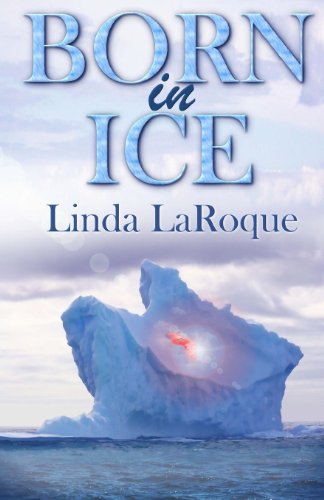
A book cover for Born In Ice; Linda LaRoque; Romance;